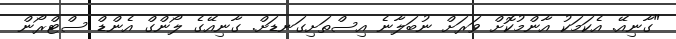
"ގާނިއޭ. އެކަމަކު އާންމުކޮށް ވަރަށް ނުބަލާނެ އިސްތަށިގަނޑަށް. ގާނިއޭގެ ލޯންގް އެންޑް ސްޓްރޯން